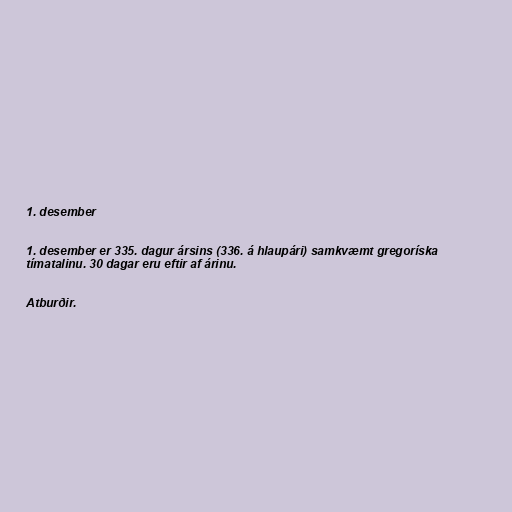
1. desember

1. desember er 335. dagur ársins (336. á hlaupári) samkvæmt gregoríska
tímatalinu. 30 dagar eru eftir af árinu.

Atburðir.